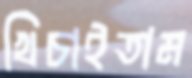
খিচাইতাম